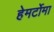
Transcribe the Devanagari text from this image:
हेमर्टोमा